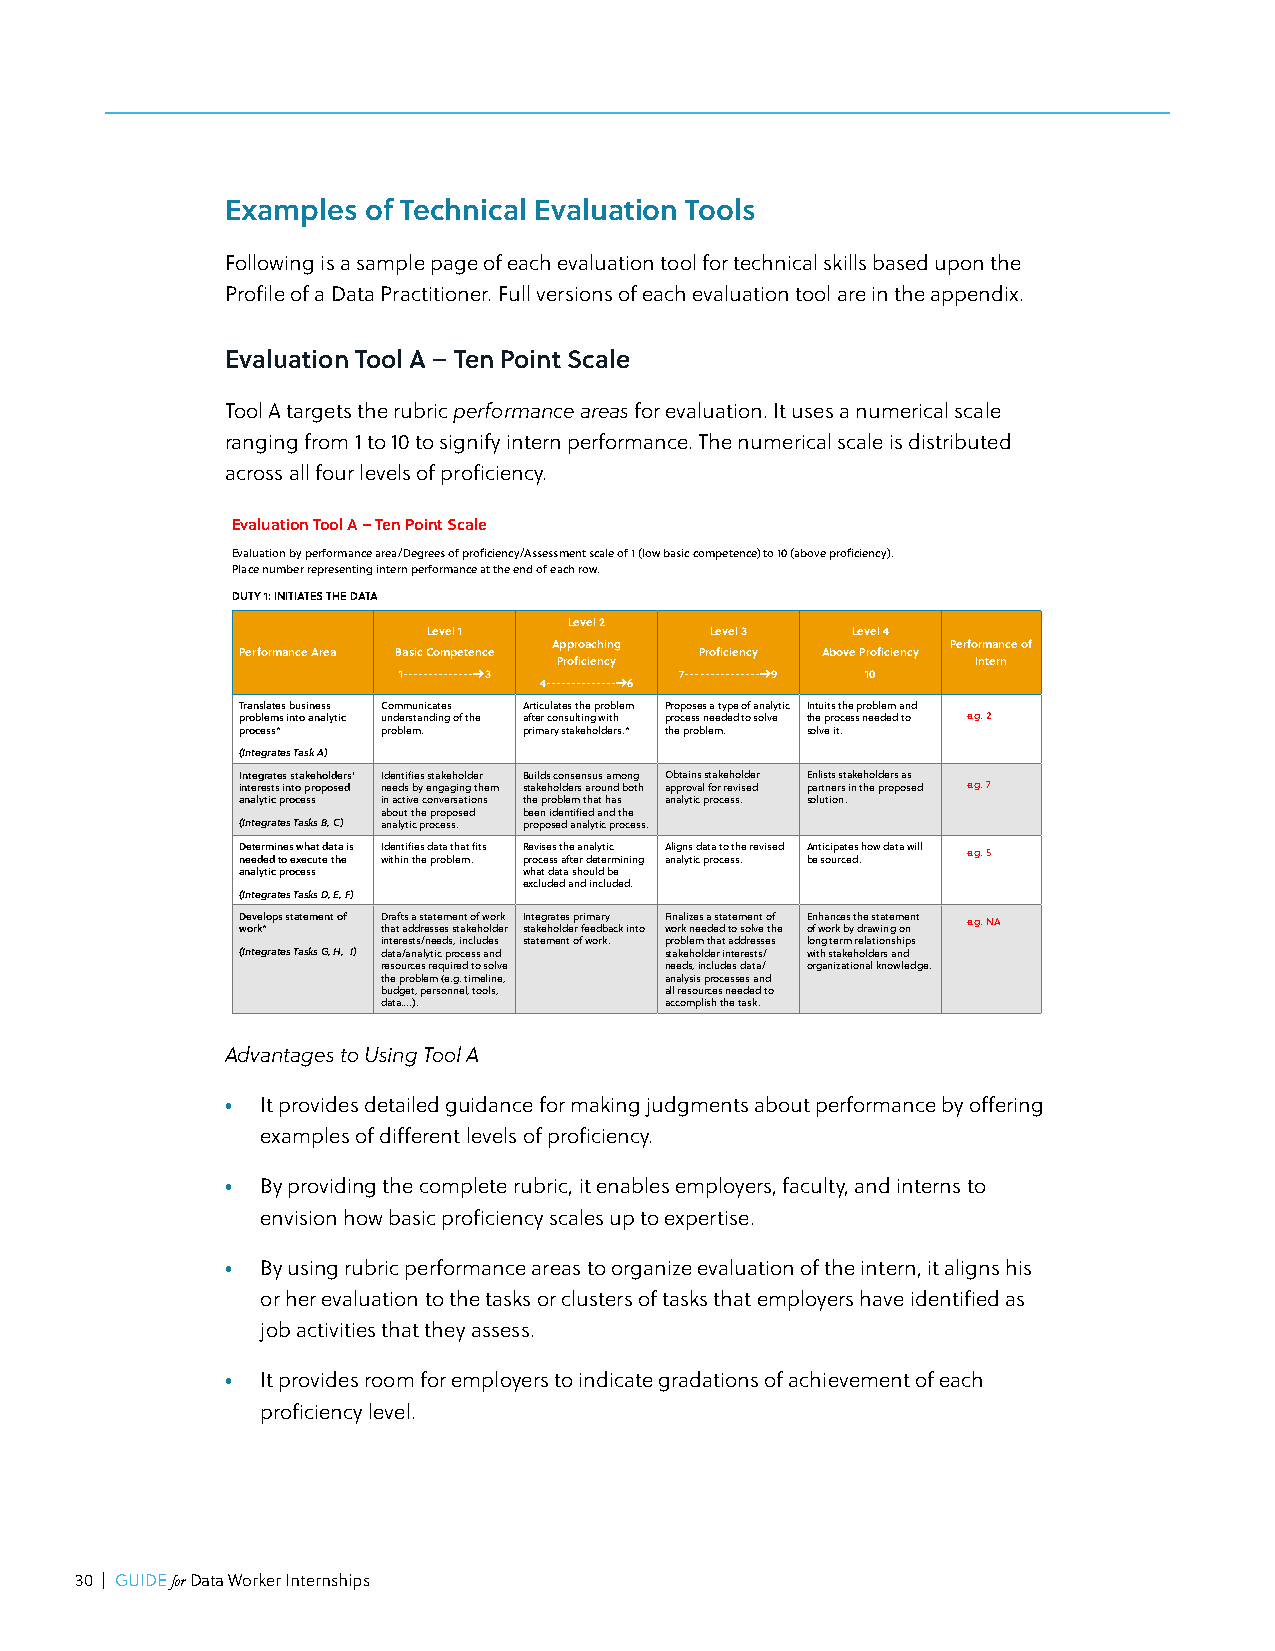
Examples of Technical Evaluation Tools
 Following is a sample page of each evaluation tool for technical skills based upon the
 Profile of a Data Practitioner. Full versions of each evaluation tool are in the appendix.
 Evaluation Tool A – Ten Point Scale
 Tool A targets the rubric performance areas for evaluation. It uses a numerical scale
 ranging from 1 to 10 to signify intern performance. The numerical scale is distributed
 across all four levels of proficiency.
 Evaluation Tool A – Ten Point Scale
 Evaluation by performance area/Degrees of proficiency/Assessment scale of 1 (low basic competence) to 10 (above proficiency).
 Place number representing intern performance at the end of each row.
 DUTY 1: INITIATES THE DATA
 Level 2
 Level 1            Level 3  Level 4
 Approaching               Performance of
 Performance Area Basic Competence Proficiency Above Proficiency
 Proficiency                 Intern
 1--------------->3 7---------------->9 10
 4--------------->6
 Translates business Communicates Articulates the problem Proposes a type of analytic Intuits the problem and
 problems into analytic understanding of the after consulting with process needed to solve the process needed to e.g. 2
 process* problem.  primary stakeholders.* the problem. solve it.
 (Integrates Task A)
 Integrates stakeholders’ Identifies stakeholder Builds consensus among Obtains stakeholder Enlists stakeholders as
 interests into proposed needs by engaging them stakeholders around both approval for revised partners in the proposed e.g. 7
 analytic process in active conversations the problem that has analytic process. solution.
 about the proposed been identified and the
 (Integrates Tasks B, C) analytic process. proposed analytic process.
 D nee ete dr em di n toe s e xw eh ca ut t ed a thta e is I wd ie thn it nifi te hs e d pa rt oa b t lh ea mt .fits R pe rov cis ee ss s t ah fte e a rn da ely teti rc m ining A anli ag ln ys ti cd a pt ra o cto e st sh .e revised A ben t sic oi up ra ct ee ds . how data will e.g. 5
 analytic process   what data should be
 excluded and included.
 (Integrates Tasks D, E, F)
 Develops statement of Drafts a statement of work Integrates primary Finalizes a statement of Enhances the statement e.g. NA
 work*    that addresses stakeholder stakeholder feedback into work needed to solve the of work by drawing on
 interests/needs, includes statement of work. problem that addresses long term relationships
 (Integrates Tasks G, H, I) data/analytic process and stakeholder interests/ with stakeholders and
 resources required to solve needs, includes data/ organizational knowledge.
 the problem (e.g. timeline, analysis processes and
 budget, personnel, tools, all resources needed to
 data….).           accomplish the task.
 Advantages to Using Tool A
 • It provides detailed guidance for making judgments about performance by offering
 examples of different levels of proficiency.
 40 | GUIDE for Data Worker Internships
 • By providing the complete rubric, it enables employers, faculty, and interns to
 envision how basic proficiency scales up to expertise.
 • By using rubric performance areas to organize evaluation of the intern, it aligns his
 or her evaluation to the tasks or clusters of tasks that employers have identified as
 job activities that they assess.
 • It provides room for employers to indicate gradations of achievement of each
 proficiency level.
 30 | GUIDE for Data Worker Internships